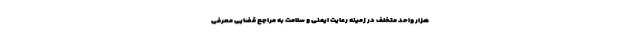
هزار واحد متخلف در زمینه رعایت ایمنی و سلامت به مراجع قضایی معرفی